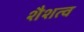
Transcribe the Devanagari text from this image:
शैशत्व